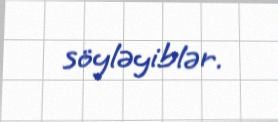
söyləyiblər.